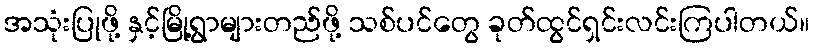
အသုံးပြုဖို့ နှင့်မြို့ရွာများတည်ဖို့ သစ်ပင်တွေ ခုတ်ထွင်ရှင်းလင်းကြပါတယ်။